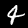
Label: 4